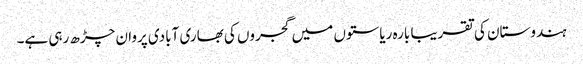
ہندوستان کی تقریبا بارہ ریاستوں میں گجروں کی بھاری آبادی پروان چڑھ رہی ہے۔